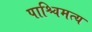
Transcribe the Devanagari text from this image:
पाश्चिमत्य